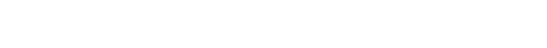
ဝင်စားတဲ့ လူကတော့ဆိုရင် ဒီကလေးရဲ့အဘိုး ဖြစ်မယ်ပေါ့။